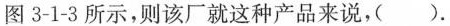
图3-1-3所示，则该厂就这种产品来说，().